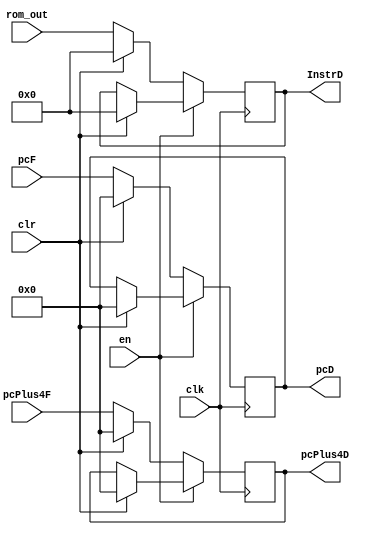
module DecodePipelineRegister
(
  input clk, en, clr,
  input [31:0] rom_out,
  input [7:0] pcF, pcPlus4F,
  output reg [31:0] InstrD,
  output reg [7:0] pcD, pcPlus4D
);
  
  always@(posedge clk)
    begin
      if(!en)
        begin
          if(clr)
            begin
                InstrD <= 32'b0;
          		pcD <= 8'b0;
          		pcPlus4D <= 8'b0;
            end
          else
            begin
                InstrD <= rom_out;
          		pcD <= pcF;
          		pcPlus4D <= pcPlus4F;
            end
        end
      else if(clr)
        begin
          InstrD <= 32'b0;
          pcD <= 8'b0;
          pcPlus4D <= 8'b0;
        end
    end
endmodule